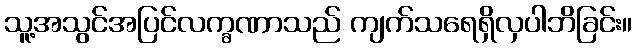
သူ့အသွင်အပြင်လက္ခဏာသည် ကျက်သရေရှိလှပါဘိခြင်း။